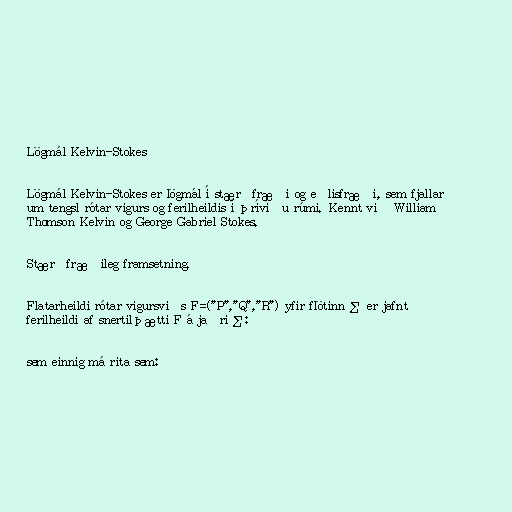
Lögmál Kelvin-Stokes

Lögmál Kelvin-Stokes er lögmál í stærðfræði og eðlisfræði, sem fjallar
um tengsl rótar vigurs og ferilheildis í þrívíðu rúmi. Kennt við William
Thomson Kelvin og George Gabriel Stokes.

Stærðfræðileg framsetning.

Flatarheildi rótar vigursviðs F=("P","Q","R") yfir flötinn Σ er jafnt
ferilheildi af snertilþætti F á jaðri Σ:

sem einnig má rita sem: